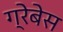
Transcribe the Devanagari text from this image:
ग्रेबेस